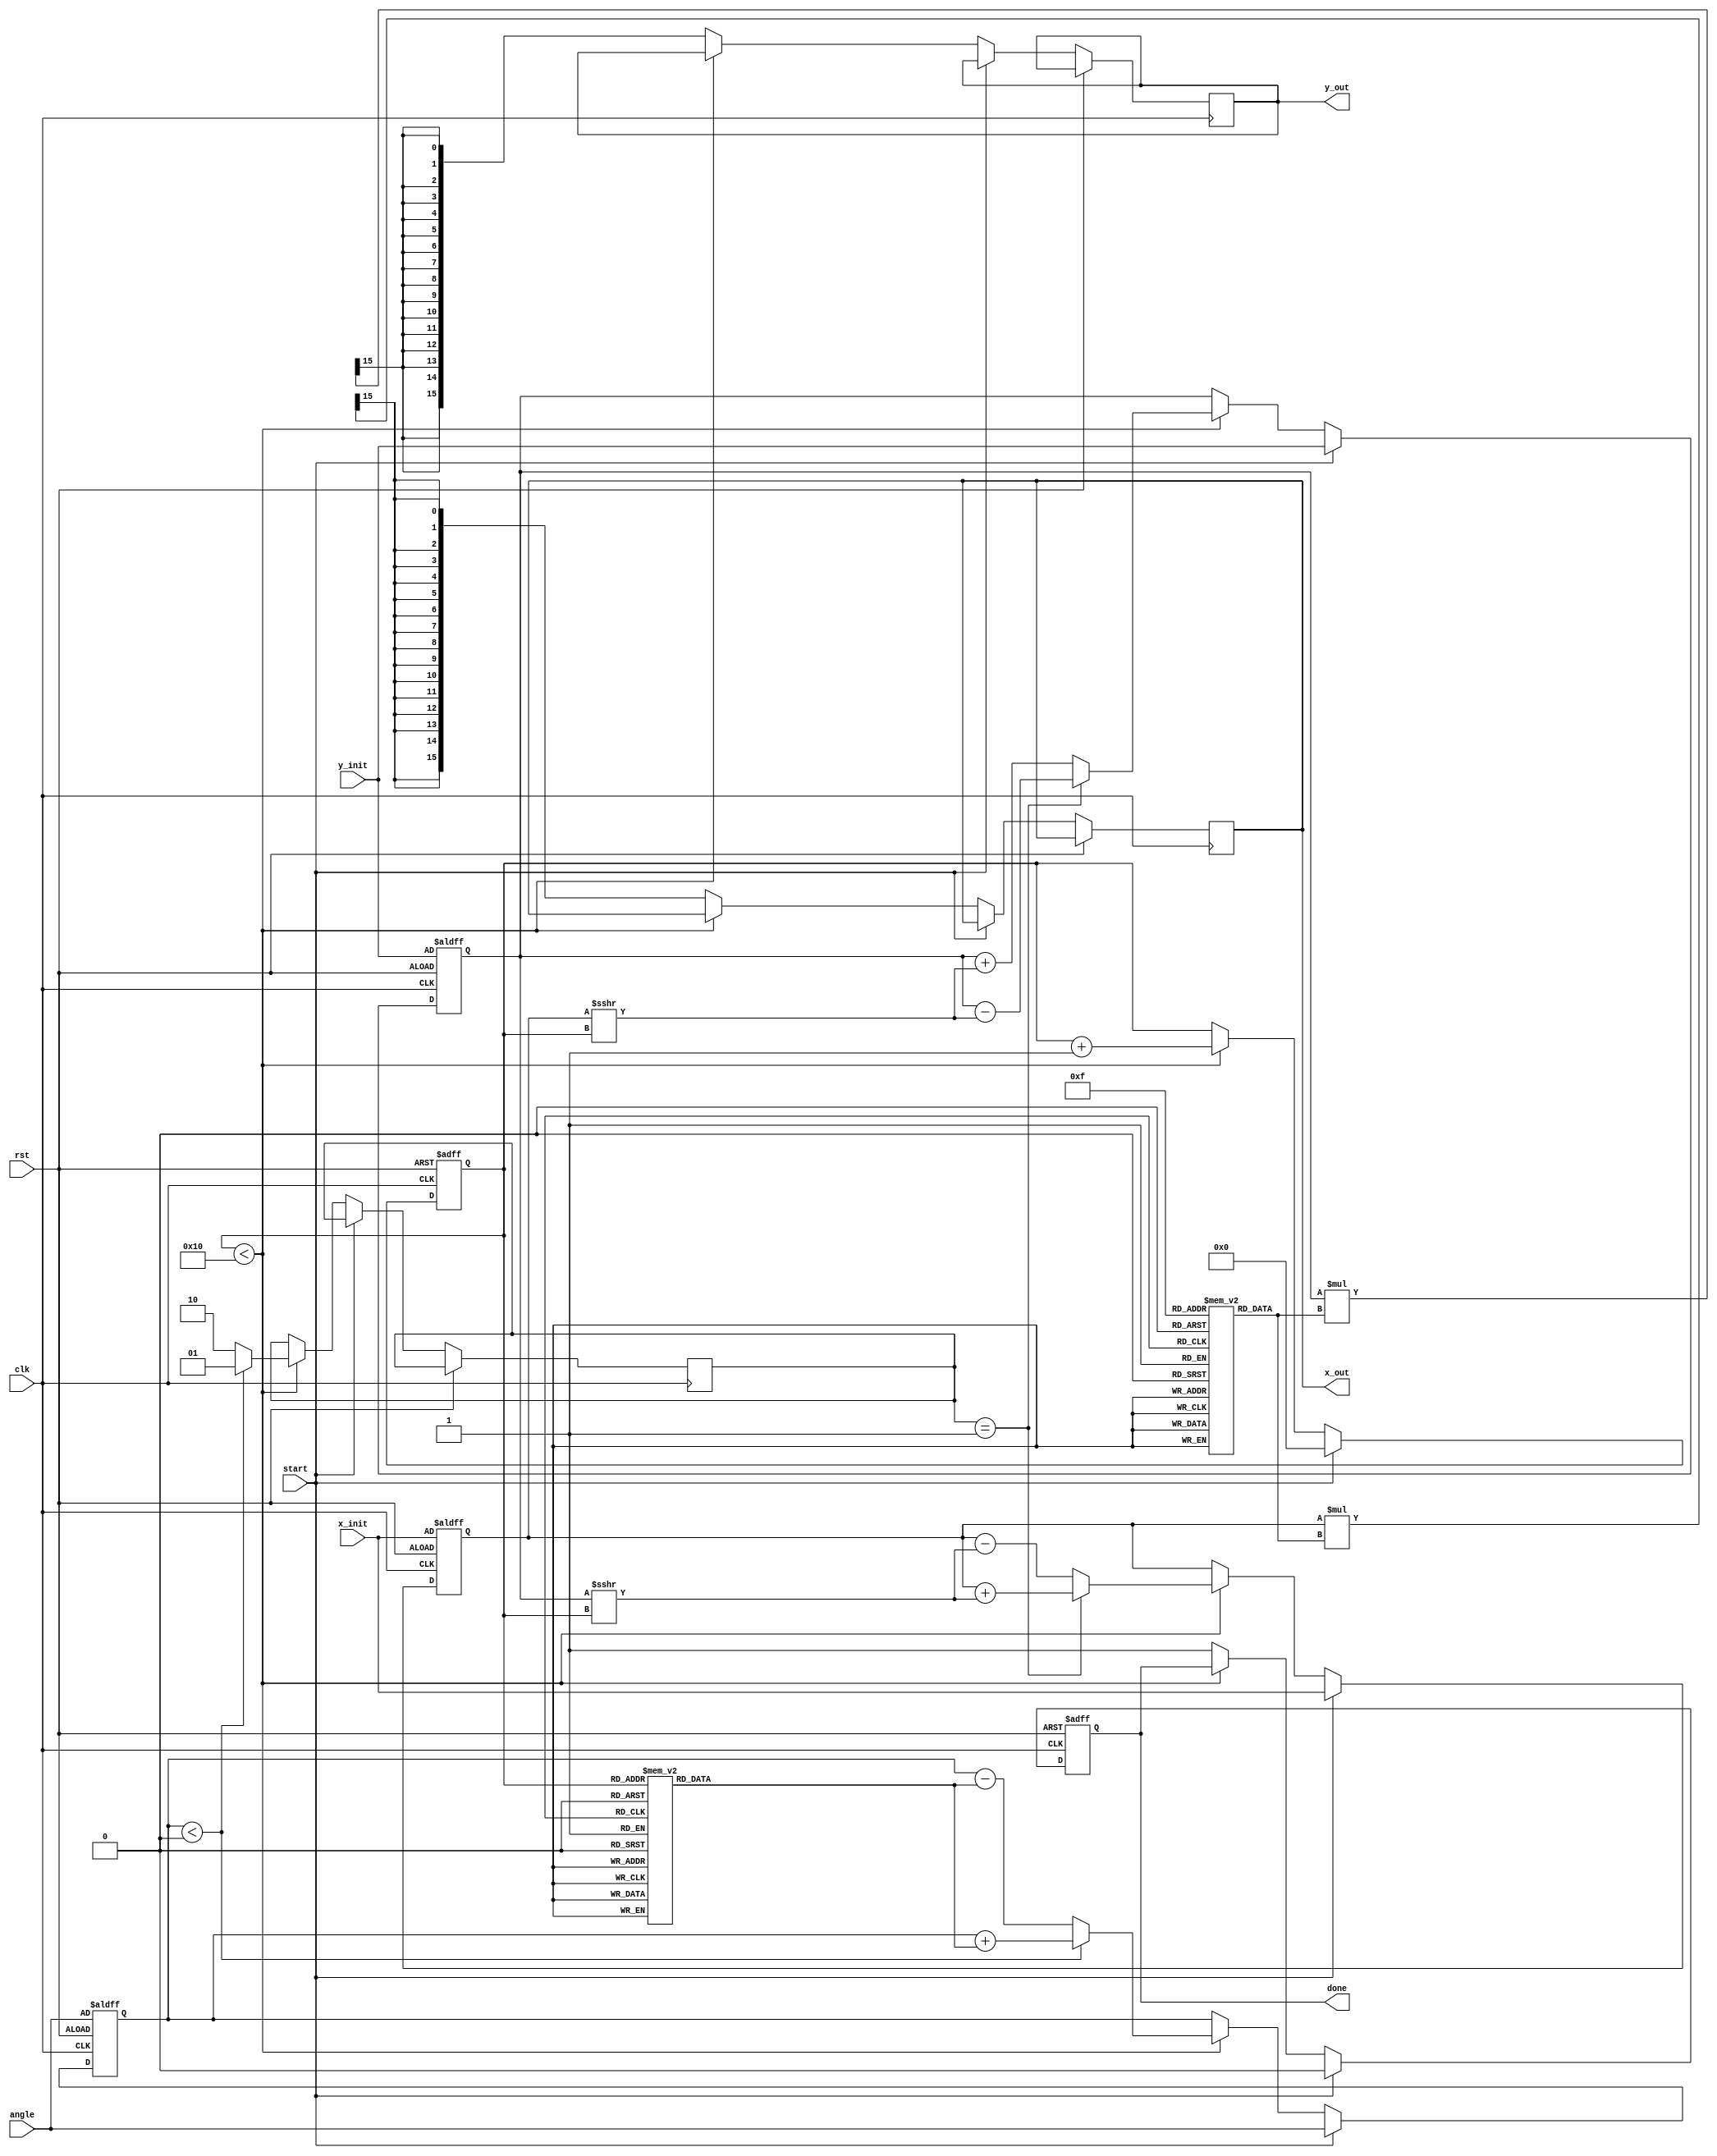
module cordic (
    input wire clk,
    input wire rst,
    input wire start,
    input wire signed [15:0] angle, // Input angle in fixed-point format
    input wire signed [15:0] x_init, // Initial x value
    input wire signed [15:0] y_init, // Initial y value
    output reg signed [15:0] x_out, // Output x (cosine)
    output reg signed [15:0] y_out, // Output y (sine)
    output reg done // Indicates completion of computation
);

    parameter NUM_ITERATIONS = 16; // Number of CORDIC iterations
    parameter FIXED_POINT_FRACTIONAL_BITS = 15; // Number of fractional bits in fixed-point representation

    // Lookup tables for angles and scaling factors
    reg signed [15:0] angle_lut [0:NUM_ITERATIONS-1];
    reg signed [15:0] scaling_lut [0:NUM_ITERATIONS-1];

    // Internal registers
    reg signed [15:0] x_reg;
    reg signed [15:0] y_reg;
    reg signed [15:0] angle_reg;
    reg [3:0] iteration_count;
    reg [1:0] direction;

    // Initialize lookup tables
    initial begin
        // Precompute angle LUT (in fixed-point format)
        angle_lut[0] = 16'h0000; // atan(2^0)
        angle_lut[1] = 16'h3C90; // atan(2^-1)
        angle_lut[2] = 16'h3C49; // atan(2^-2)
        angle_lut[3] = 16'h3C1A; // atan(2^-3)
        // ... fill in the rest of the LUT values for NUM_ITERATIONS

        // Precompute scaling factors (in fixed-point format)
        scaling_lut[0] = 16'h0000; // Scaling factor for iteration 0
        scaling_lut[1] = 16'h3F2A; // Scaling factor for iteration 1
        scaling_lut[2] = 16'h3E38; // Scaling factor for iteration 2
        scaling_lut[3] = 16'h3D5A; // Scaling factor for iteration 3
        // ... fill in the rest of the LUT values for NUM_ITERATIONS
    end

    // State machine for CORDIC processing
    always @(posedge clk or posedge rst) begin
        if (rst) begin
            x_reg <= x_init;
            y_reg <= y_init;
            angle_reg <= angle;
            iteration_count <= 0;
            done <= 0;
        end else if (start) begin
            // Reset state
            x_reg <= x_init;
            y_reg <= y_init;
            angle_reg <= angle;
            iteration_count <= 0;
            done <= 0;
        end else if (iteration_count < NUM_ITERATIONS) begin
            // Determine direction based on angle
            if (angle_reg < 0) begin
                direction <= 2'b01; // Rotate clockwise
                angle_reg <= angle_reg + angle_lut[iteration_count];
            end else begin
                direction <= 2'b10; // Rotate counter-clockwise
                angle_reg <= angle_reg - angle_lut[iteration_count];
            end

            // Update x and y based on CORDIC equations
            if (direction == 2'b01) begin
                x_reg <= x_reg + (y_reg >>> iteration_count);
                y_reg <= y_reg - (x_reg >>> iteration_count);
            end else begin
                x_reg <= x_reg - (y_reg >>> iteration_count);
                y_reg <= y_reg + (x_reg >>> iteration_count);
            end

            iteration_count <= iteration_count + 1;
        end else begin
            // Final scaling
            x_out <= x_reg * scaling_lut[NUM_ITERATIONS-1] >>> FIXED_POINT_FRACTIONAL_BITS;
            y_out <= y_reg * scaling_lut[NUM_ITERATIONS-1] >>> FIXED_POINT_FRACTIONAL_BITS;
            done <= 1; // Indicate completion
        end
    end
endmodule